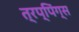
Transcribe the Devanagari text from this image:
त्रप्पिंग्स